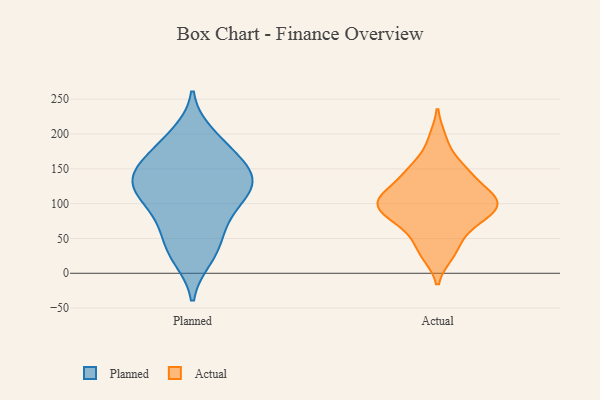
{"axis": {"x": "Headcount", "y": "Value"}, "legend": ["Actual", "Planned"], "data": [{"x": "", "y": 42, "type": "Planned"}, {"x": "", "y": 77, "type": "Planned"}, {"x": "", "y": 151, "type": "Planned"}, {"x": "", "y": 55, "type": "Planned"}, {"x": "", "y": 113, "type": "Planned"}, {"x": "", "y": 93, "type": "Planned"}, {"x": "", "y": 123, "type": "Planned"}, {"x": "", "y": 192, "type": "Planned"}, {"x": "", "y": 26, "type": "Planned"}, {"x": "", "y": 127, "type": "Planned"}, {"x": "", "y": 177, "type": "Planned"}, {"x": "", "y": 123, "type": "Planned"}, {"x": "", "y": 137, "type": "Planned"}, {"x": "", "y": 88, "type": "Planned"}, {"x": "", "y": 164, "type": "Planned"}, {"x": "", "y": 139, "type": "Planned"}, {"x": "", "y": 128, "type": "Planned"}, {"x": "", "y": 22, "type": "Planned"}, {"x": "", "y": 158, "type": "Planned"}, {"x": "", "y": 200, "type": "Planned"}, {"x": "", "y": 94, "type": "Actual"}, {"x": "", "y": 104, "type": "Actual"}, {"x": "", "y": 148, "type": "Actual"}, {"x": "", "y": 150, "type": "Actual"}, {"x": "", "y": 146, "type": "Actual"}, {"x": "", "y": 58, "type": "Actual"}, {"x": "", "y": 106, "type": "Actual"}, {"x": "", "y": 105, "type": "Actual"}, {"x": "", "y": 81, "type": "Actual"}, {"x": "", "y": 28, "type": "Actual"}, {"x": "", "y": 122, "type": "Actual"}, {"x": "", "y": 192, "type": "Actual"}, {"x": "", "y": 85, "type": "Actual"}, {"x": "", "y": 115, "type": "Actual"}, {"x": "", "y": 33, "type": "Actual"}, {"x": "", "y": 73, "type": "Actual"}, {"x": "", "y": 98, "type": "Actual"}]}